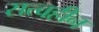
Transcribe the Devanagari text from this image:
सत्वहीन